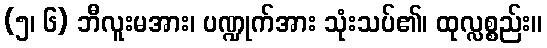
(၅၊ ၆) ဘီလူးမအား၊ ပဏ္ဍုက်အား သုံးသပ်၏၊ ထုလ္လစ္စည်း။